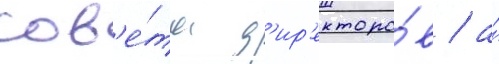
сов'е́та д'ир'екторо́в / а́